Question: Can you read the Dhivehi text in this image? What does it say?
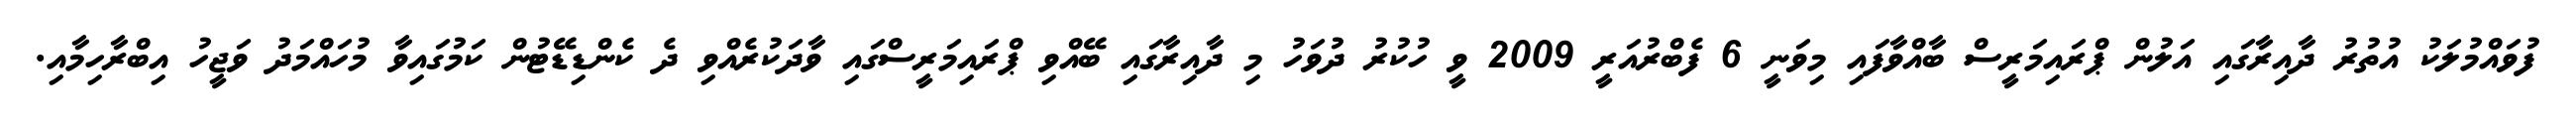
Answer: ފުވައްމުލަކު އުތުރު ދާއިރާގައި އަލުން ޕްރައިމަރީސް ބާއްވާފައި މިވަނީ 6 ފެބްރުއަރީ 2009 ވީ ހުކުރު ދުވަހު މި ދާއިރާގައި ބޭއްވި ޕްރައިމަރީސްގައި ވާދަކުރެއްވި ދެ ކެންޑިޑޭޓުން ކަމުގައިވާ މުހައްމަދު ވަޖީހު އިބްރާހިމާއި.